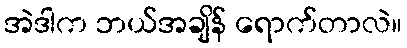
အဲဒါက ဘယ်အချိန် ရောက်တာလဲ။